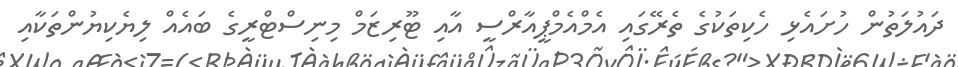
ދައުލަތުން ހުށައެޅި ހެކިތަކުގެ ތެރޭގައި އެމްއެމްޕީއާރްސީ އާއި ޓޫރިޒަމް މިނިސްޓްރީގެ ބައެއް ލިޔެކިޔުންތަކާއި